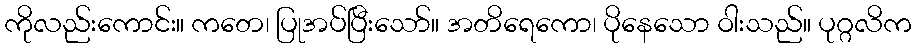
ကိုလည်းကောင်း။ ကတေ၊ ပြုအပ်ပြီးသော်။ အတိရေကော၊ ပိုနေသော ဝါးသည်။ ပုဂ္ဂလိက